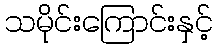
သမိုင်းကြောင်းနှင့်